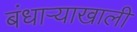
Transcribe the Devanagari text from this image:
बंधाऱ्याखाली